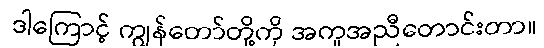
ဒါကြောင့် ကျွန်တော်တို့ကို အကူအညီတောင်းတာ။